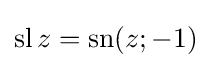
\operatorname {sl} z=\operatorname {sn} (z;-1)